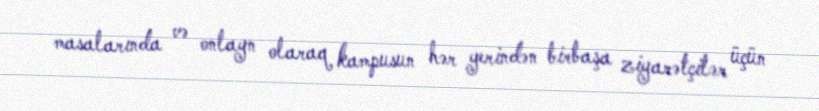
masalarında və onlayn olaraq kampusun hər yerindən birbaşa ziyarətçilər üçün